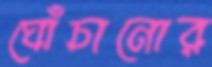
ঘোঁচানোর